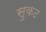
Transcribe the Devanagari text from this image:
सुकट